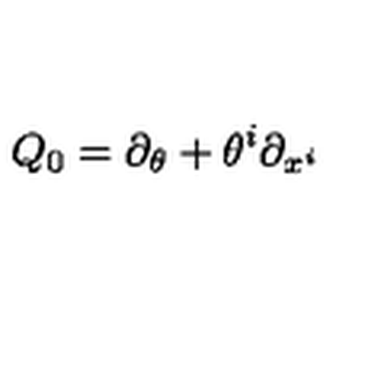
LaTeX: Q _ { 0 } = \partial _ { \theta } + \theta ^ { i } \partial _ { x ^ { i } }